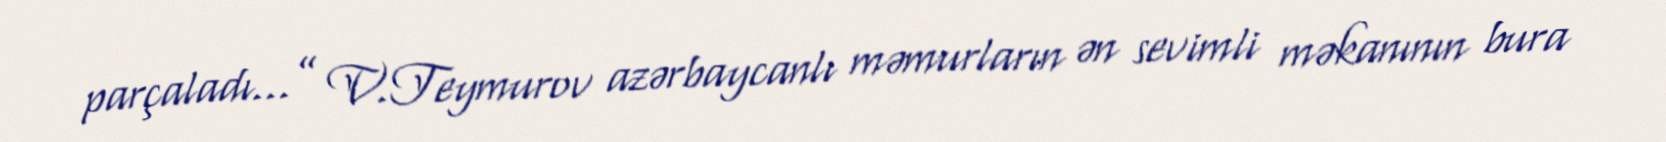
parçaladı...” V.Teymurov azərbaycanlı məmurların ən sevimli məkanının bura